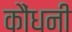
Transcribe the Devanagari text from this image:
कौंधनी